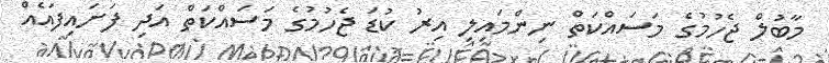
މާބުލް ޖެހުމުގެ މަސައްކަތް ނިންމައިލި އިރު ކުޑަ ޖެހުމުގެ މަސައްކަތް އަދި ފަށައިފައެއް